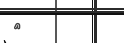
٦